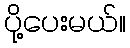
ပို့ပေးမယ်။